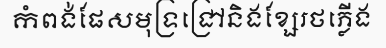
កំពង់ផែសមុទ្រជ្រៅនិងខ្សែរថភ្លើង